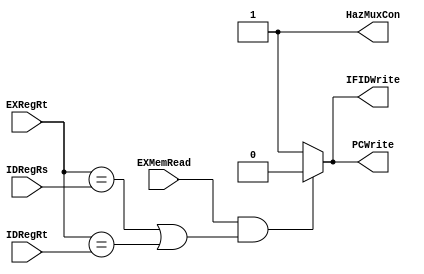
module HazardUnit(IDRegRs,IDRegRt,EXRegRt,EXMemRead,PCWrite,IFIDWrite,HazMuxCon);

	input [0:0] IDRegRs,IDRegRt,EXRegRt;
	input EXMemRead;
	output PCWrite,IFIDWrite,HazMuxCon;

	reg PCWrite,IFIDWrite,HazMuxCon;

	always@(IDRegRs,IDRegRt,EXRegRt,EXMemRead)
	begin
		if(EXMemRead&((EXRegRt == IDRegRs)|(EXRegRt == IDRegRt)))
		begin
			PCWrite = 0;
			IFIDWrite = 0;
			HazMuxCon = 1;
		end
		else
		begin
			PCWrite = 1;
			IFIDWrite = 1;
			HazMuxCon = 1;
		end
	end
endmodule